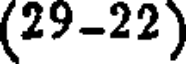
(29-22)